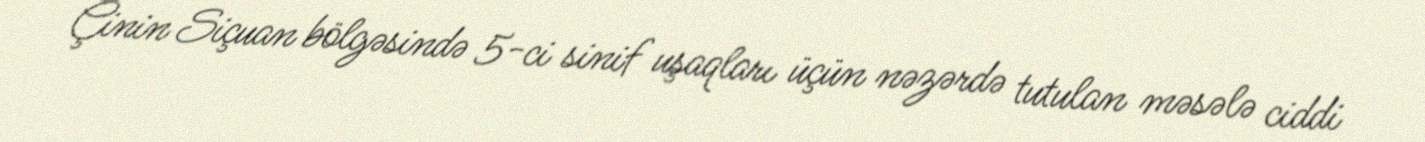
Çinin Siçuan bölgəsində 5-ci sinif uşaqları üçün nəzərdə tutulan məsələ ciddi